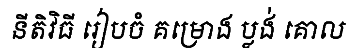
នីតិវិធី រៀបចំ គម្រោង ប្លង់ គោល